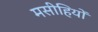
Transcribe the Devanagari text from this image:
मसीहियों